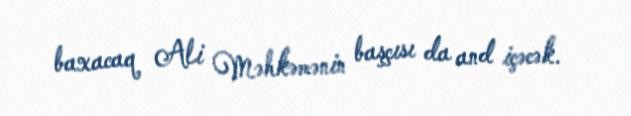
baxacaq Ali Məhkəmənin başçısı da and içəcək.